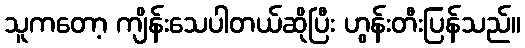
သူကတော့ ကျိန်းသေပါတယ်ဆိုပြီး ဟွန်းတီးပြန်သည်။